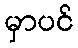
မှာပင်